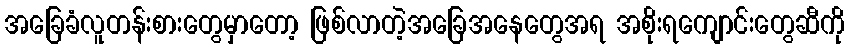
အခြေခံလူတန်းစားတွေမှာတော့ ဖြစ်လာတဲ့အခြေအနေတွေအရ အစိုးရကျောင်းတွေဆီကို